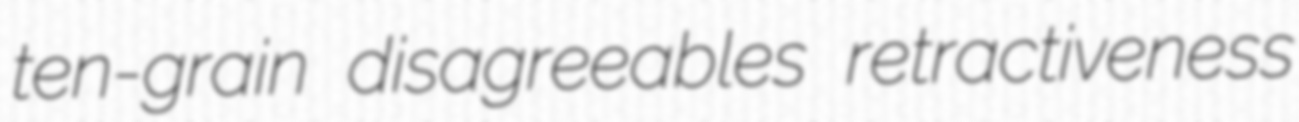
ten-grain disagreeables retractiveness